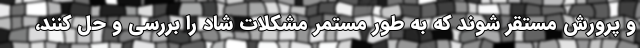
و پرورش مستقر شوند که به طور مستمر مشکلات شاد را بررسی و حل کنند،